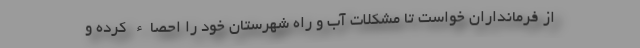
از فرمانداران خواست تا مشکلات آب و راه شهرستان خود را احصاء کرده و